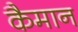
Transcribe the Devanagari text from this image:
कैमान